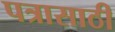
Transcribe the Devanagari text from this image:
पत्रासाठी